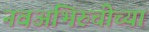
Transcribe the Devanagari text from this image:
नवअभिरुचीच्या